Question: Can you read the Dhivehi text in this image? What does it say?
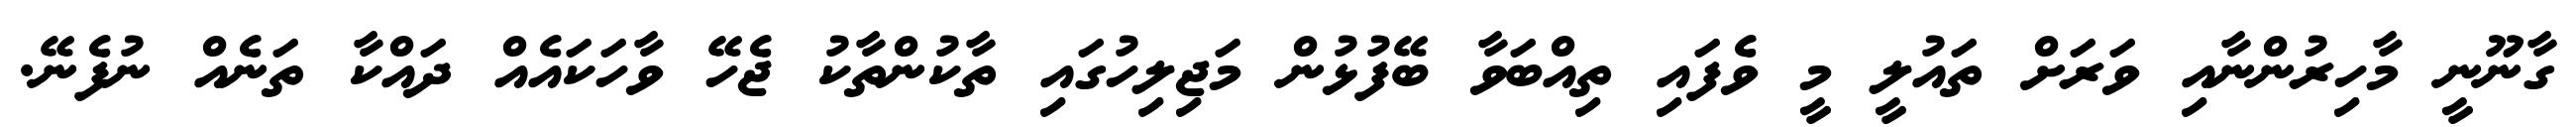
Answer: ގާނޫނީ މާހިރުންނާއި ވަރަށް ތައުލީ މީ ވެފައި ތިއްބަވާ ބޭފުޅުން މަޖިލިހުގައި ތާކުންތާކު ޖެހޭ ވާހަކައެއް ދައްކާ ތަނެއް ނުފެނޭ.